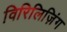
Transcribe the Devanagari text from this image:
विरिलिज़िंग